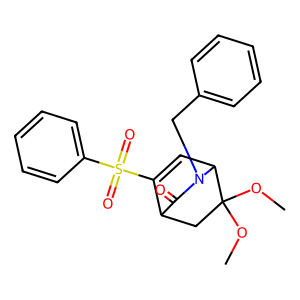
SMILES: COC1(OC)CC2C(=O)N(Cc3ccccc3)C1C=C2S(=O)(=O)c1ccccc1
Inhibits HIV replication: No